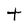
Character: t